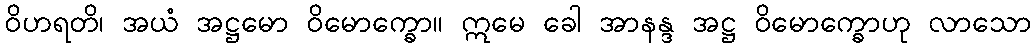
ဝိဟရတိ၊ အယံ အဋ္ဌမော ဝိမောက္ခော။ ဣမေ ခေါ အာနန္ဒ အဋ္ဌ ဝိမောက္ခောဟု လာသော